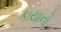
કાયાનો